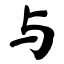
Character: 与